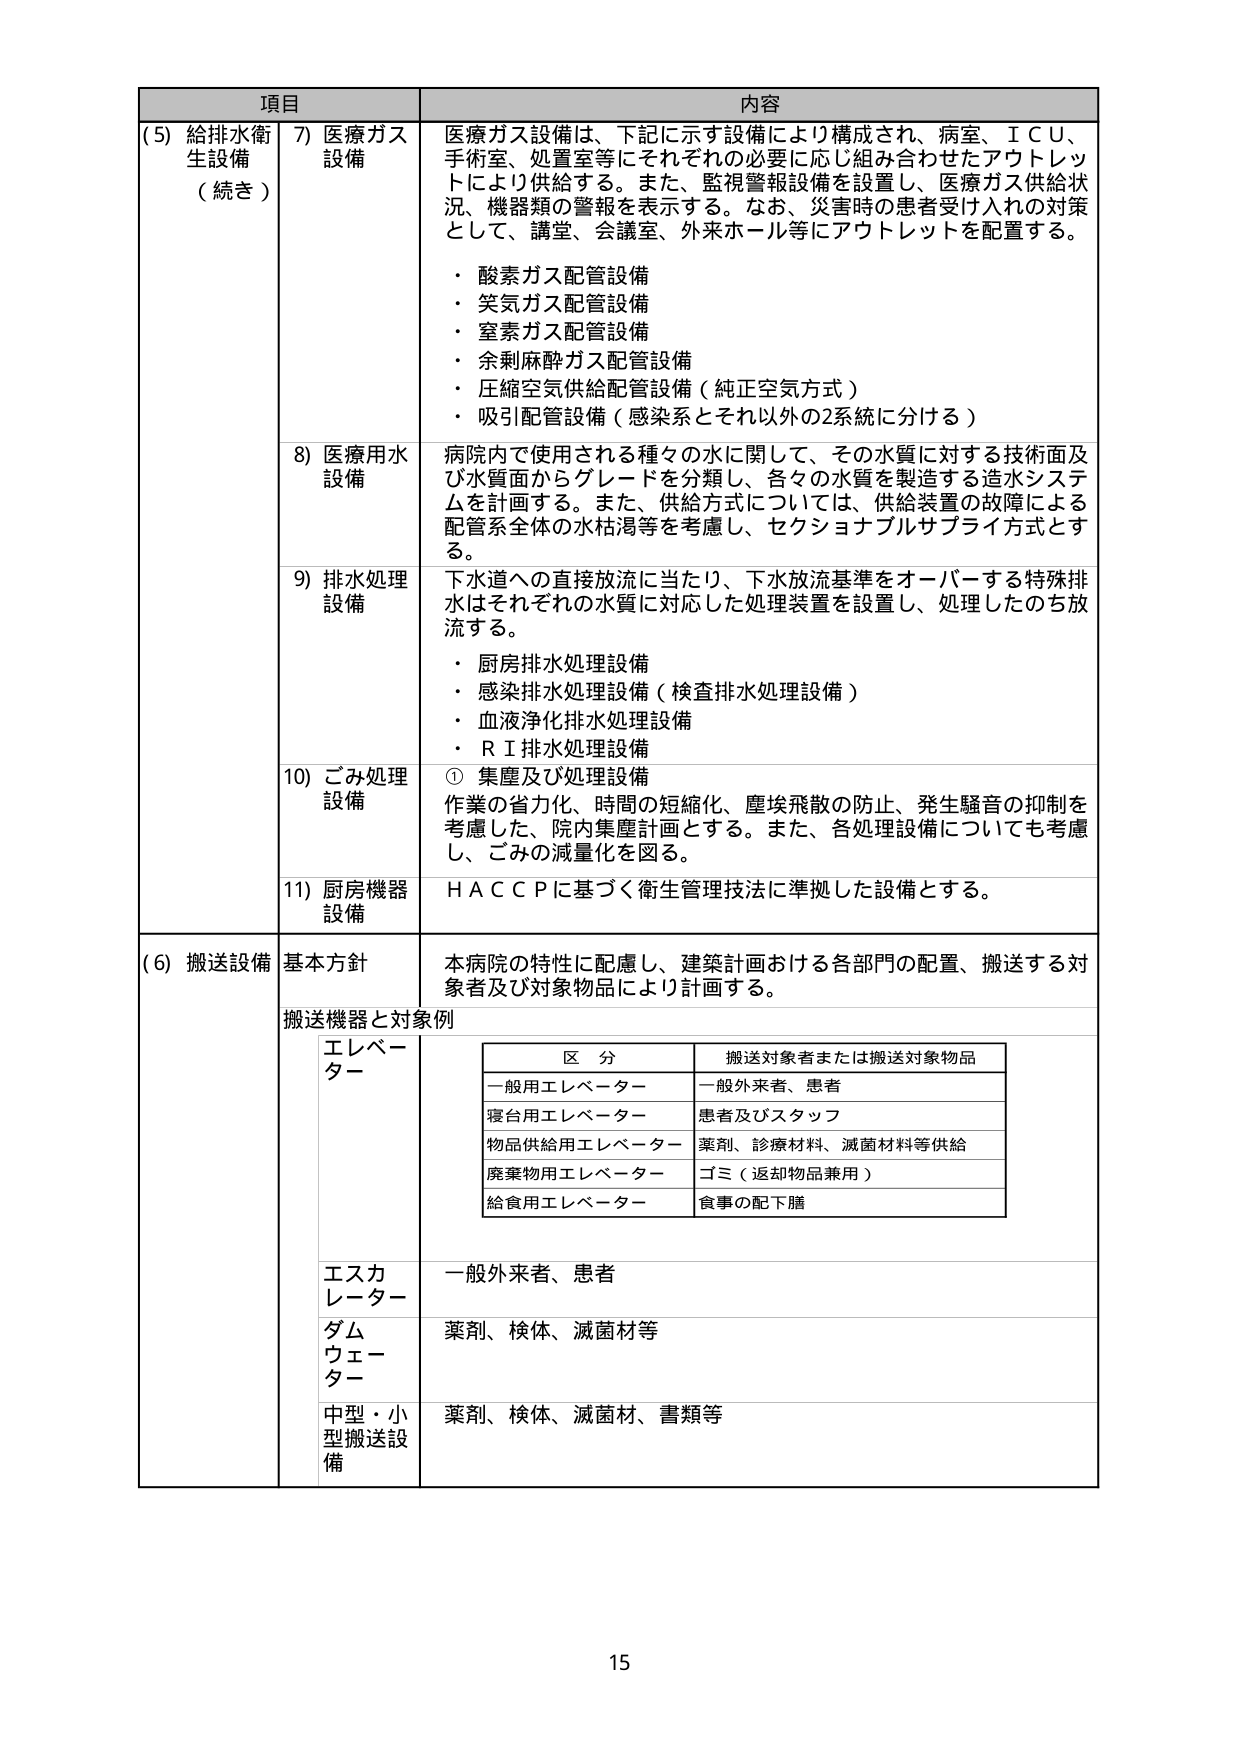
項目 内容
(5) 給排水衛生設備（続き） 7) 医療ガス設備 医療ガス設備は、下記に示す設備により構成され、病室、ＩＣＵ、手術室、処置室等にそれぞれの必要に応じ組み合わせたアウトレットにより供給する。また、監視警報設備を設置し、医療ガス供給状況、機器類の警報を表示する。なお、災害時の患者受け入れの対策として、講堂、会議室、外来ホール等にアウトレットを配置する。
・酸素ガス配管設備
・笑気ガス配管設備
・窒素ガス配管設備
・余剰麻酔ガス配管設備
・圧縮空気供給配管設備（純正空気方式）
・吸引配管設備（感染系とそれ以外の2系統に分ける）
8) 医療用水設備 病院内で使用される種々の水に関して、その水質に対する技術面及び水質面からグレードを分類し、各々の水質を製造する造水システムを計画する。また、供給方式については、供給装置の故障による配管系全体の水枯渇等を考慮し、セクショナルサプライ方式とする。
9) 排水処理設備 下水道への直接放流に当たり、下水放流基準をオーバーする特殊排水はそれぞれの水質に対応した処理装置を設置し、処理したのち放流する。
・厨房排水処理設備
・感染排水処理設備（検査排水処理設備）
・血液浄化排水処理設備
・ＲＩ排水処理設備
10) ごみ処理設備 ① 集塵及び処理設備 作業の省力化、時間の短縮化、塵埃飛散の防止、発生騒音の抑制を考慮した、院内集塵計画とする。また、各処理設備についても考慮し、ごみの減量化を図る。
11) 厨房機器設備 ＨＡＣＣＰに基づく衛生管理技法に準拠した設備とする。
(6) 搬送設備 基本方針 本病院の特性に配慮し、建築計画おける各部門の配置、搬送する対象者及び対象物品により計画する。
搬送機器と対象例 エレベーター 区分 搬送対象者または搬送対象物品 一般用エレベーター 一般外来者、患者 寝台用エレベーター 患者及びスタッフ 物品供給用エレベーター 薬剤、診療材料、滅菌材料等供給 廃棄物用エレベーター ゴミ（返却物品兼用） 給食用エレベーター 食事の配下膳 エスカレーター 一般外来者、患者 ダムウェーター 薬剤、検体、滅菌材等 中型・小型搬送設備 薬剤、検体、滅菌材、書類等
15